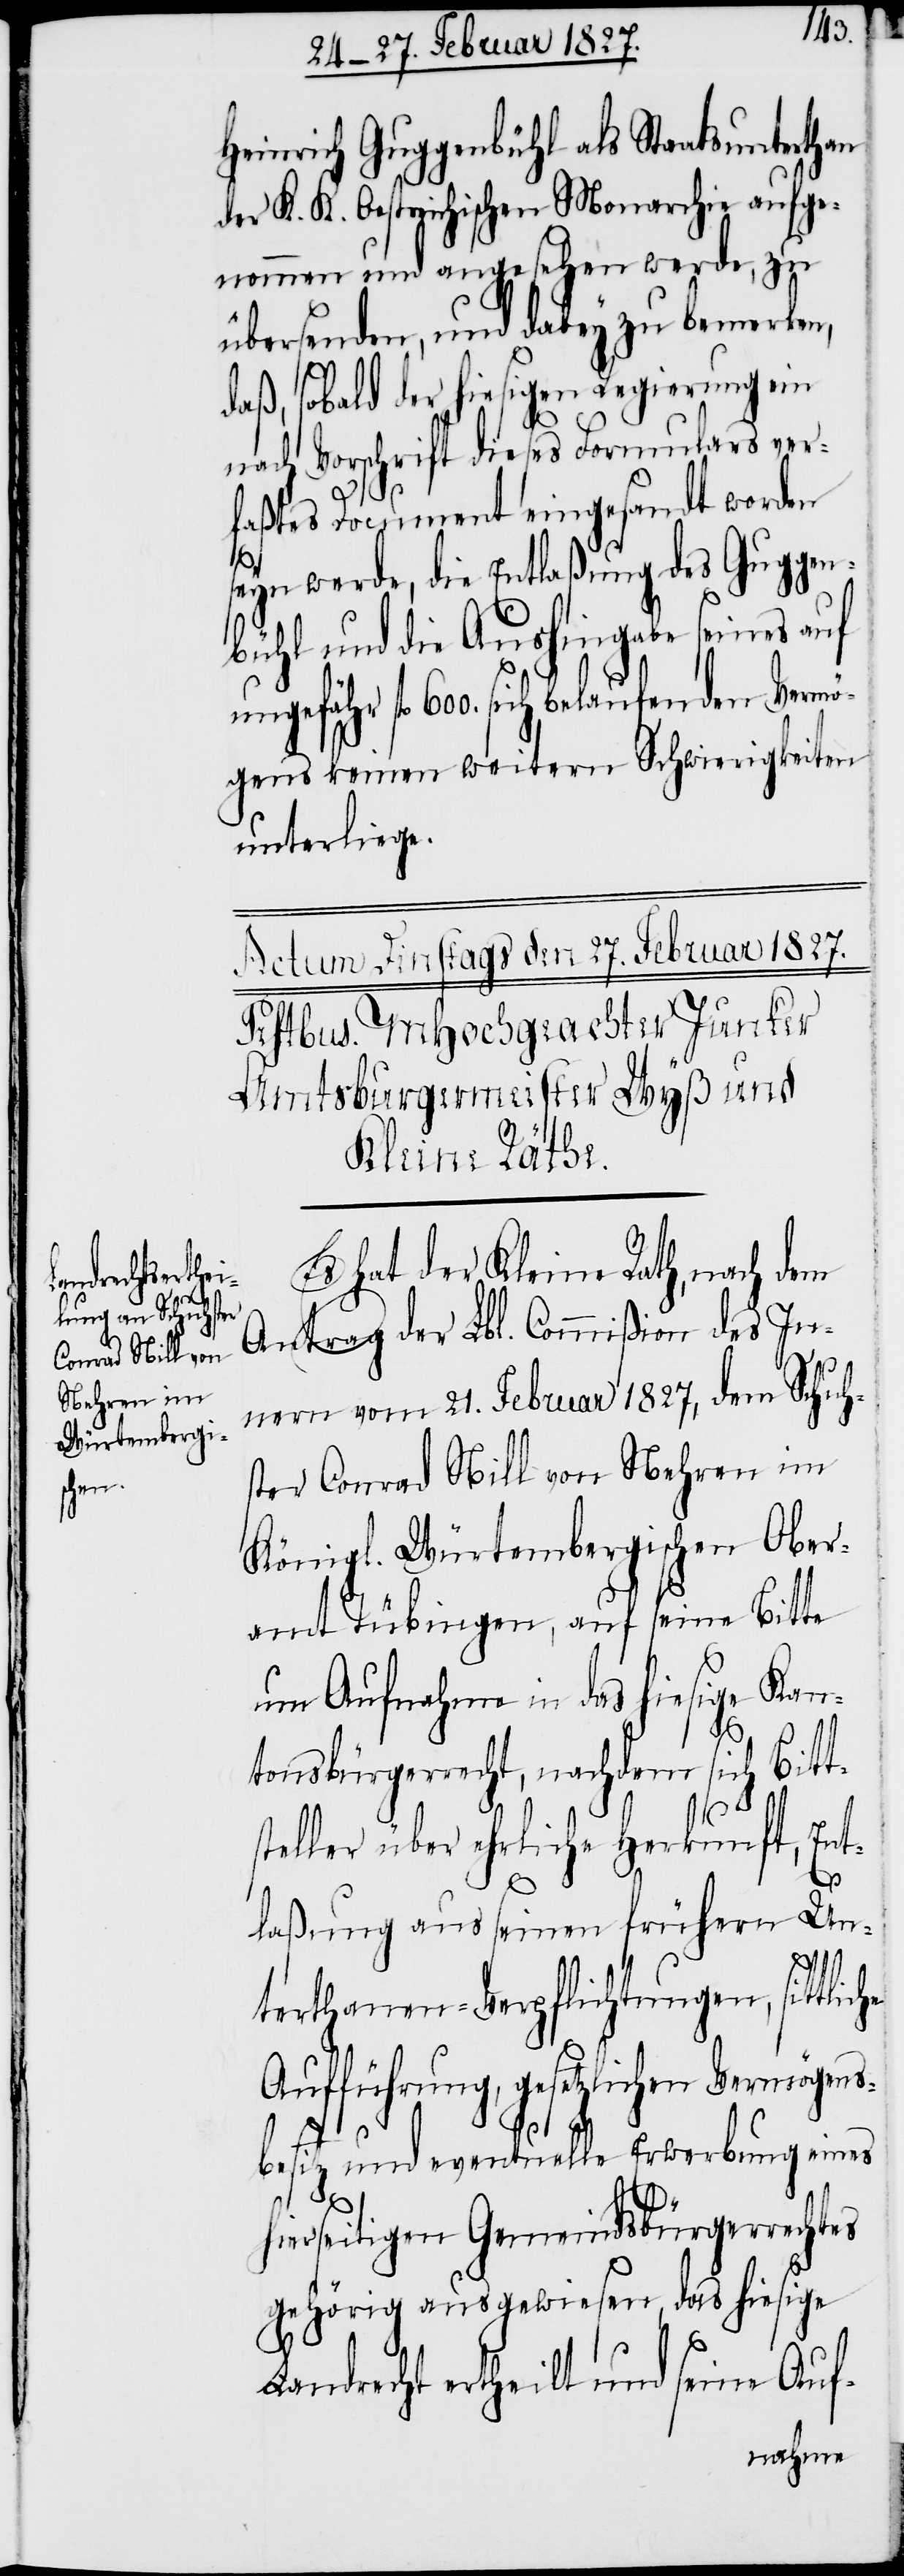
Heinrich Guggenbühl als Staatsunterthan
der K. K. Oestreichischen Monarchie aufge¬
nommen und angesehen werde, zu
übersenden, und dabey zu bemerken,
daß, sobald der hiesigen Regierung ein
nach Vorschrift dieses Formulars ver¬
faßtes Document eingesandt worden
seyn werde, die Entlaßung des Guggen¬
bühl und die Aushingabe seines auf
ungefähr fl. 600. sich belaufenden Vermö¬
gens keinen weitern Schwierigkeiten
unterliege.
Es hat der Kleine Rath, nach dem
Antrag der Lbl. Commißion des In¬
nern vom 21. Februar 1827, dem Schuh¬
ster Conrad Nill von Nehren im
Königl. Würtembergischen Ober¬
amt Tübingen, auf seine Bitte
um Aufnahme in das hiesige Kan¬
tonsbürgerrecht, nachdem sich Bitt¬
steller über ehrliche Herkunft, Ent¬
laßung aus seinen frühern Un¬
terthanen-Verpflichtungen, sittliche
Aufführung, gesetzlichen Vermögens¬
besitz und eventuelle Erwerbung eines
hierseitigen Gemeindsbürgerrechtes
gehörig ausgewiesen, das hiesige
Landrecht ertheilt und seine Auf-